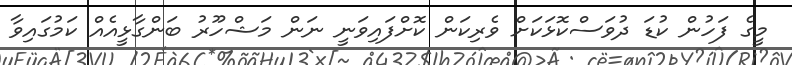
މީގެ ފަހުން ކުޑަ ދުވަސްކޮޅަކަށް ވެރިކަން ކޮށްފައިވަނީ ނަން މަޝްހޫރު ބަންގާޅީއެއް ކަމުގައިވާ